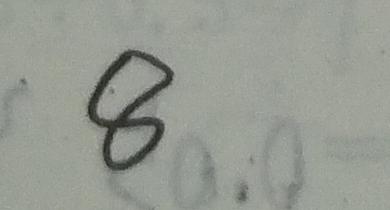
8